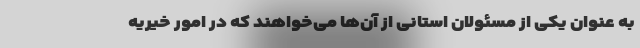
به عنوان یکی از مسئولان استانی از آن‌ها می‌خواهند که در امور خیریه